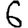
Digit: 6